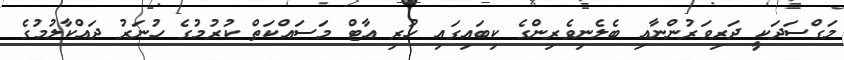
މަގްސަދަކީ ދަރިވަރުންނާއި ބެލެނިވެރިންގެ ކިބައިގައި ހުރި އާޓް މަސައްކަތް ކުރުމުގެ ހުނަރު ދައްކާލުމުގެ